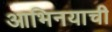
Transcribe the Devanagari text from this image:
आभिनयाची